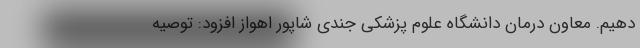
دهیم. معاون درمان دانشگاه علوم پزشکی جندی شاپور اهواز افزود: توصیه